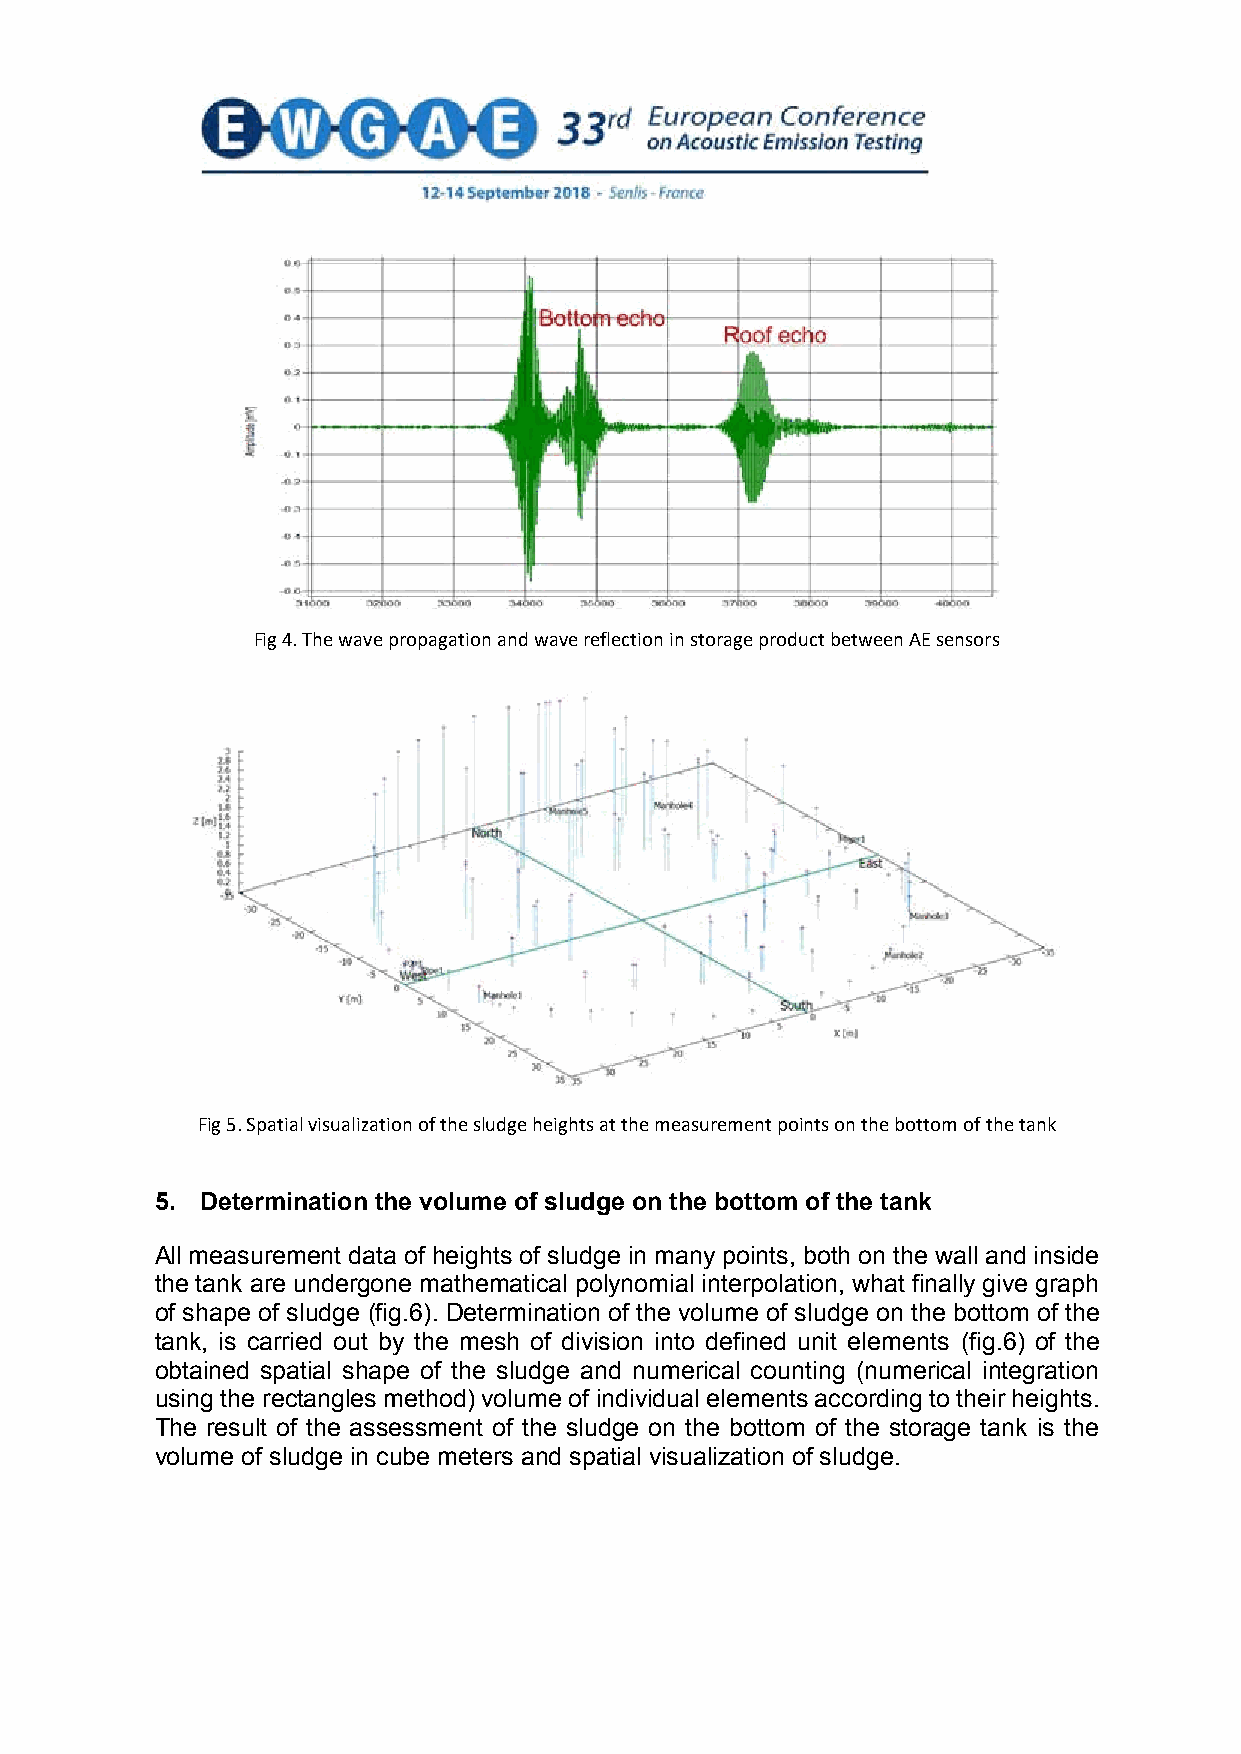
Fig 4. The wave propagation and wave reflection in storage product between AE sensors
 Fig 5. Spatial visualization of the sludge heights at the measurement points on the bottom of the tank
 5. Determination the volume of sludge on the bottom of the tank
 All measurement data of heights of sludge in many points, both on the wall and inside
 the tank are undergone mathematical polynomial interpolation, what finally give graph
 of shape of sludge (fig.6). Determination of the volume of sludge on the bottom of the
 tank, is carried out by the mesh of division into defined unit elements (fig.6) of the
 obtained spatial shape of the sludge and numerical counting (numerical integration
 using the rectangles method) volume of individual elements according to their heights.
 The result of the assessment of the sludge on the bottom of the storage tank is the
 volume of sludge in cube meters and spatial visualization of sludge.
 5